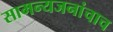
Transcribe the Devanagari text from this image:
सामन्यजनांचाच